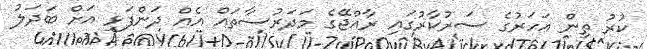
ކުރު ތިން އަހަރުގެ ސަރުކާރުގައި ރާއްޖޭގެ މަދަރުސާތައް އެއް ދަންފަޅި އަށް ބަދަލު